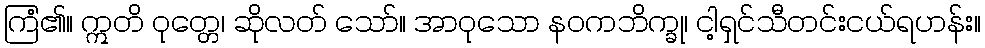
ကြံ၏။ ဣတိ ဝုတ္တေ၊ ဆိုလတ် သော်။ အာဝုသော နဝကဘိက္ခု၊ ငါ့ရှင်သီတင်းငယ်ရဟန်း။